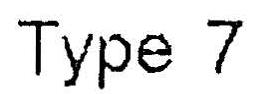
TYPE 7